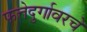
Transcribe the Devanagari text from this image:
फत्तेदुर्गावरचे